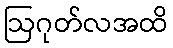
ဩဂုတ်လအထိ